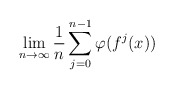
\begin{align*}\lim _{n\to \infty} \frac{1}{n} \sum ^{n-1} _{j=0} \varphi (f^j(x))\end{align*}